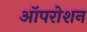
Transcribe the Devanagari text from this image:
ऑपरोशन